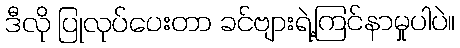
ဒီလို ပြုလုပ်ပေးတာ ခင်ဗျားရဲ့ကြင်နာမှုပါပဲ။